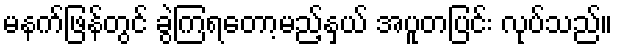
မနက်ဖြန်တွင် ခွဲကြရတော့မည့်နှယ် အပူတပြင်း လုပ်သည်။